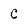
Character: C